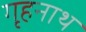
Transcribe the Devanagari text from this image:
गृहनाथ